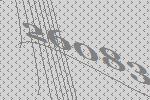
26083